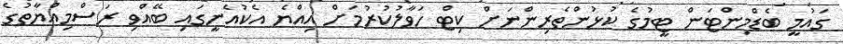
ގައުމީ ބެޑްމިންޓަން ޓީމުގެ ކުޅުންތެރިންނަށް ކިޓް ހަވާލުކުރުމަށް އިއްޔެ އެކުއެނީގައި ބޭއްވި ރަސްމިއްޔާތުގެ